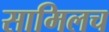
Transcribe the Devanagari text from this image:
सामिलच